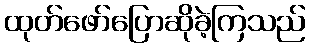
ထုတ်ဖော်ပြောဆိုခဲ့ကြသည်